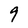
Character: 9